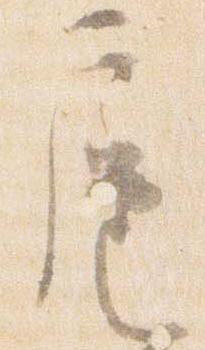
扈